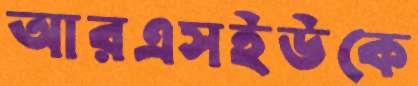
আরএসইউকে